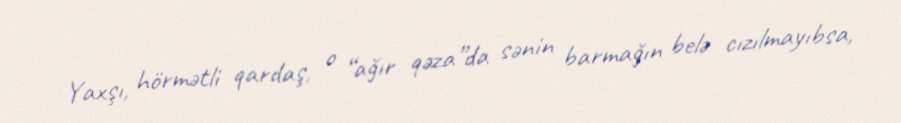
Yaxşı, hörmətli qardaş, o “ağır qəza”da sənin barmağın belə cızılmayıbsa,